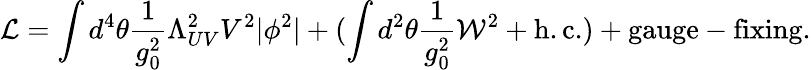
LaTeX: {\cal L}=\int d^{4}\theta\frac{1}{g_{0}^{2}}\Lambda_{UV}^{2}V^{2}|\phi^{2}|+(\int d^{2}\theta\frac{1}{g_{0}^{2}}{\cal W}^{2}+\mathrm{h.c.})+\mathrm{gauge-fixing}.